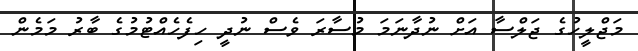
މަޖްލީހުގެ ޖަލްސާ އަށް ނުދާނަމަ މުސާރަ ވެސް ނުދީ ހިފެހެއްޓުމުގެ ބާރު މަމެން